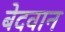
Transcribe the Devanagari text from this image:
बेदवान